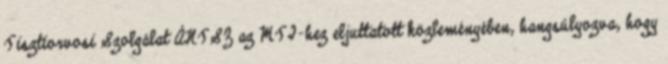
Tisztiorvosi Szolgálat ÁNTSZ az MTI-hez eljuttatott közleményében, hangsúlyozva, hogy